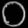
Digit: ၀